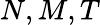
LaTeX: N,M,T